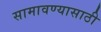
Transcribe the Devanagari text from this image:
सामावण्यासाठी